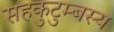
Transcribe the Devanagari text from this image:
सहकुटुम्बस्य